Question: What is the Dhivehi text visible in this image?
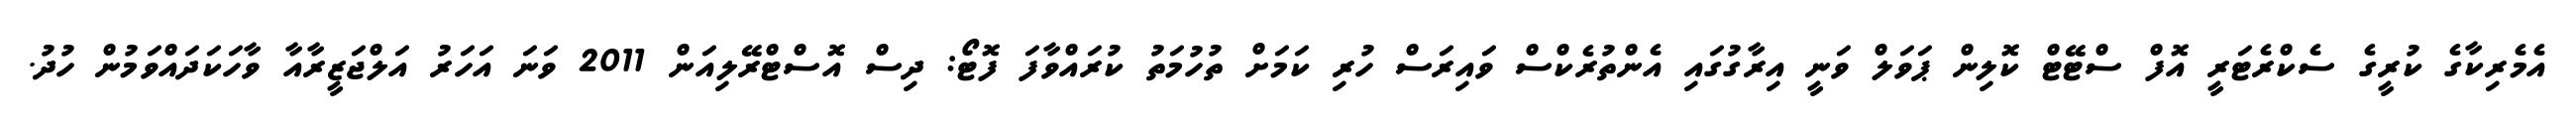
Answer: އެމެރިކާގެ ކުރީގެ ސެކްރެޓަރީ އޮފް ސްޓޭޓް ކޮލިން ޕަވަލް ވަނީ އިރާގުގައި އެންތުރެކްސް ވައިރަސް ހުރި ކަމަށް ތުހުމަތު ކުރައްވާފަ ފޮޓޯ: ދިސް އޮސްޓްރޭލިއަން 2011 ވަނަ އަހަރު އަލްޖަޒީރާއާ ވާހަކަދައްވަމުން ހުދު.